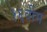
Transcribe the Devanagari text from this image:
१६वीम